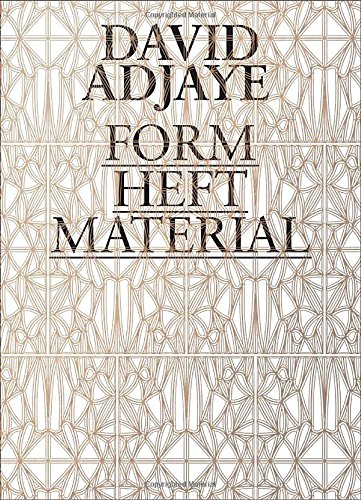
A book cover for David Adjaye: Form, Heft, Material; Arts & Photography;